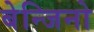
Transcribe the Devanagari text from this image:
बेन्जिनो